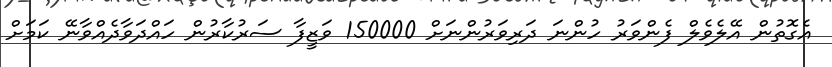
އެގޮތުން އޭލެވެލް ފެންވަރު ހުންނަ ދަރިވަރުންނަށް 150000 ވަޒީފާ ސަރުކާރުން ހައްދަވާދެއްވާނޭ ކަމަށް